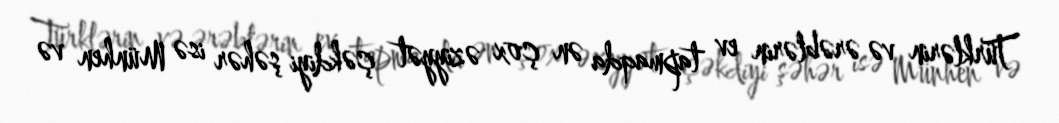
Türklərin və ərəblərin ev tapmaqda ən çox əziyyət çəkdiyi şəhər isə Münhen və